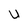
Character: U